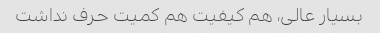
بسیار عالی، هم کیفیت هم کمیت حرف نداشت